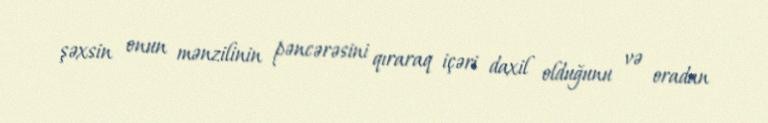
şəxsin onun mənzilinin pəncərəsini qıraraq içəri daxil olduğunu və oradan